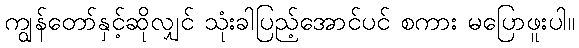
ကျွန်တော်နှင့်ဆိုလျှင် သုံးခါပြည့်အောင်ပင် စကား မပြောဖူးပါ။